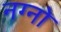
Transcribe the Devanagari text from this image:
नग्नो